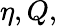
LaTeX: \eta,Q,